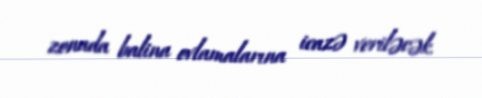
zonada balina ovlamalarına icazə veriləcək.